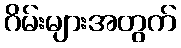
ဂိမ်းများအတွက်